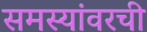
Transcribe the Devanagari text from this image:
समस्यांवरची